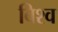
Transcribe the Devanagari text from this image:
विश्व